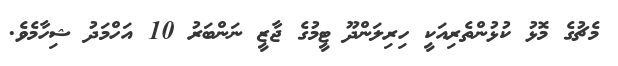
މެޗުގެ މޮޅު ކުޅުންތެރިއަކީ ހިރިލަންދޫ ޓީމުގެ ޖާޒީ ނަންބަރު 10 އަހްމަދު ޝިހާމެވެ.